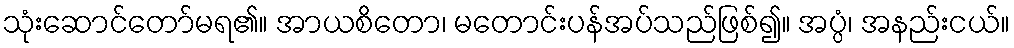
သုံးဆောင်တော်မရ၏။ အာယစိတော၊ မတောင်းပန်အပ်သည်ဖြစ်၍။ အပ္ပံ၊ အနည်းငယ်။